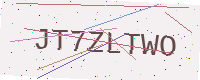
Text: JT7ZLTWO